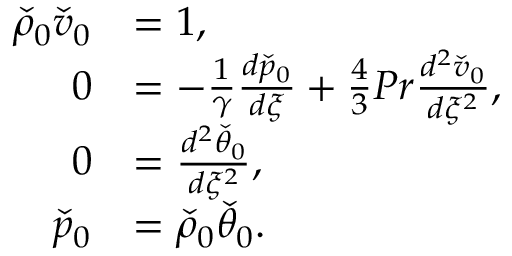
\begin{array} { r l } { \check { \rho } _ { 0 } \check { v } _ { 0 } } & { = 1 , } \\ { 0 } & { = - \frac { 1 } { \gamma } \frac { d \check { p } _ { 0 } } { d \xi } + \frac { 4 } { 3 } P r \frac { d ^ { 2 } \check { v } _ { 0 } } { d \xi ^ { 2 } } , } \\ { 0 } & { = \frac { d ^ { 2 } \check { \theta } _ { 0 } } { d \xi ^ { 2 } } , } \\ { \check { p } _ { 0 } } & { = \check { \rho } _ { 0 } \check { \theta } _ { 0 } . } \end{array}